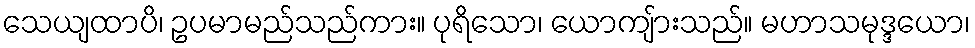
သေယျထာပိ၊ ဥပမာမည်သည်ကား။ ပုရိသော၊ ယောကျ်ားသည်။ မဟာသမုဒ္ဒယော၊